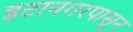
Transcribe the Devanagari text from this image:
इटानगरपासून